Problem: 48 + 28 = ?
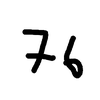
Handwritten answer: 76